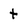
Character: t